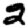
Digit: 2